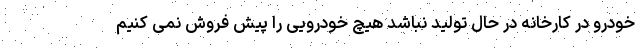
خودرو در کارخانه در حال تولید نباشد هیچ خودرویی را پیش فروش نمی کنیم